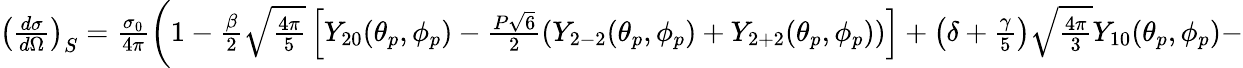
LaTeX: \begin{array}{rlr}{\left(\frac{d\sigma}{d\Omega}\right)_{S}=\frac{\sigma_{0}}{4\pi}\left(1-\frac{\beta}{2}\sqrt{\frac{4\pi}{5}}\left[Y_{20}(\theta_{p},\phi_{p})-\frac{P\sqrt{6}}{2}\left(Y_{2-2}(\theta_{p},\phi_{p})+Y_{2+2}(\theta_{p},\phi_{p})\right)\right]+\left(\delta+\frac{\gamma}{5}\right)\sqrt{\frac{4\pi}{3}}Y_{10}(\theta_{p},\phi_{p})-\right.}\end{array}